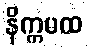
နိက္ကမထ